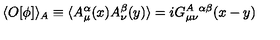
\langle O [ \phi ] \rangle _ { A } \equiv \langle A _ { \mu } ^ { \alpha } ( x ) A _ { \nu } ^ { \beta } ( y ) \rangle = i G _ { \mu \nu } ^ { A \ \alpha \beta } ( x - y )